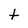
Character: t